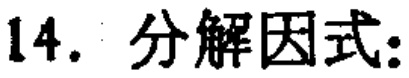
14. 分解因式: